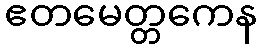
ဧတမေတ္တကေန